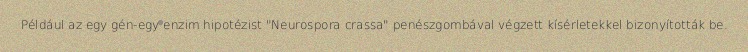
Például az egy gén-egy enzim hipotézist "Neurospora crassa" penészgombával végzett kísérletekkel bizonyították be.